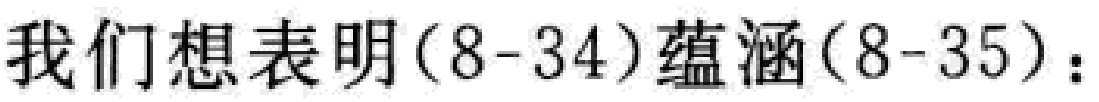
我们想表明(8-34)蕴涵(8-35)：